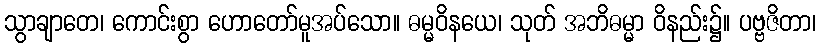
သွာချာတေ၊ ကောင်းစွာ ဟောတော်မူအပ်သော။ ဓမ္မဝိနယေ၊ သုတ် အဘိဓမ္မာ ဝိနည်း၌။ ပဗ္ဗဇိတာ၊